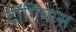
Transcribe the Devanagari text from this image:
टॉगियास